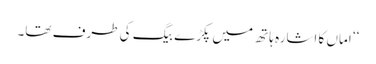
‘‘ اماں کا اشارہ ہاتھ میں پکڑے بیگ کی طرف تھا۔